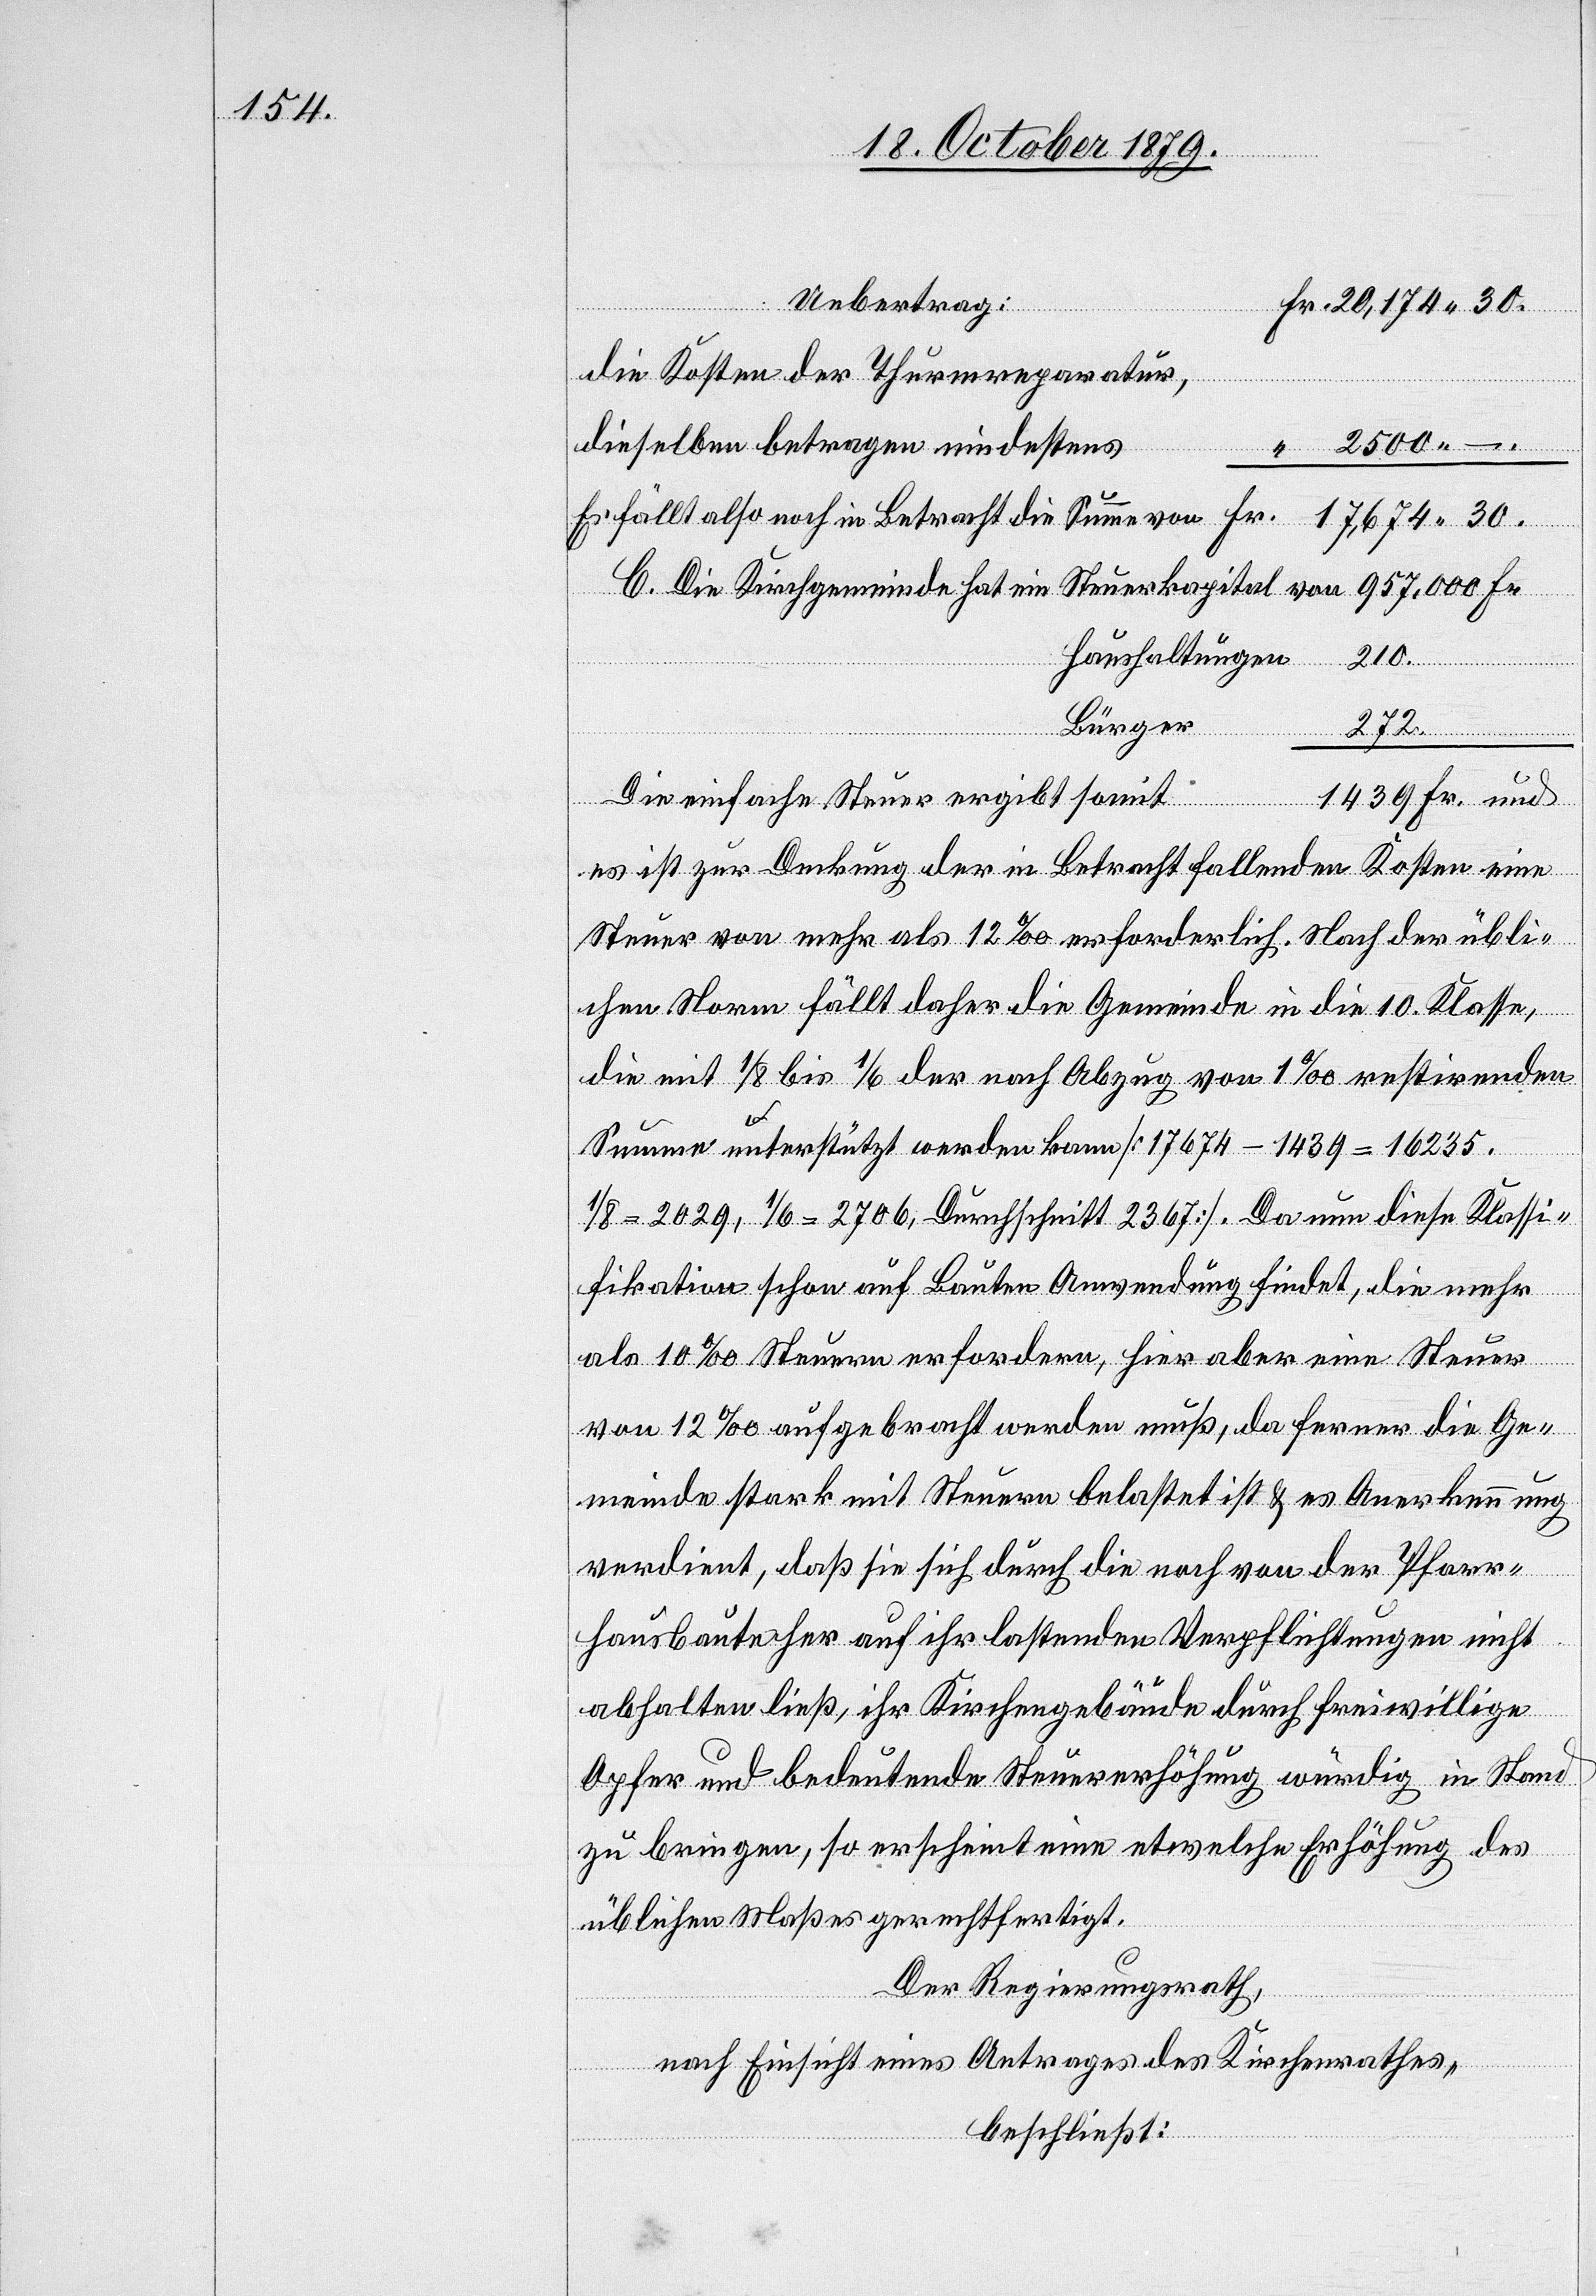
Uebertrag
die Kosten der Thurmreparatur,
dieselben betragen mindestens
–.
Es fällt also noch in Betracht die Summe von
17,674 30.
Haushaltungen
210.
Bürger
272.
und
B.
1439 Fr. und
“
Die einfache Steuer ergibt somi
es ist zur Deckung der in Betracht fallenden Kosten eine
Steuer von mehr als 12% erforderlich. Nach der übli¬
chen Norm fällt daher die Gemeinde in die 10. Klasse,
die mit 1/8 bis 1/6 der nach Abzug von 1% restirenden
Summe unterstützt werden kann [17 674 – 1439 = 16 235.
1/8 = 2029, 1/6 = 2706, Durchschnitt 2367] Da nun diese Klassi¬
fikation schon auf Bauten Anwendung findet, die mehr
hgemeinde
als 10% Steuern erfordern, hier aber eine Steuer
von 12% aufgebracht werden muß, da ferner die Ge¬
meinde stark mit Steuern belastet ist & es Anerkennung
verdient, daß sie sich durch die nach von der Pfarr¬
hausbaute her auf ihr lastenden Verpflichtungen nicht
abhalten ließ, ihr Kirchengebäude durch freiwillige
Opfer und bedeutende Steuererhöhung würdig in Stand
zu bringen, so erscheint eine etwelche Erhöhung des
üblichen Maßes gerechtfertigt.
Der Regierungsrath,
nach Einsicht eines Antrages des Kirchenrathes,
beschließt: